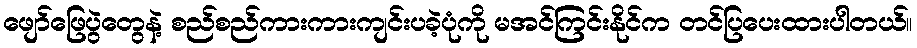
ဖျော်ဖြေပွဲတွေနဲ့ စည်စည်ကားကားကျင်းပခဲ့ပုံကို မအင်ကြင်းနိုင်က တင်ပြပေးထားပါတယ်။